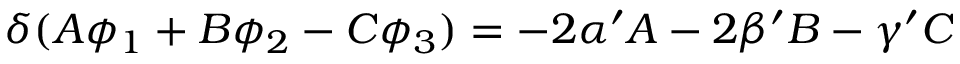
\delta ( A \phi _ { 1 } + B \phi _ { 2 } - C \phi _ { 3 } ) = - 2 \alpha ^ { \prime } A - 2 \beta ^ { \prime } B - \gamma ^ { \prime } C